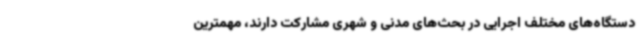
دستگاه‌های مختلف اجرایی در بحث‌های مدنی و شهری مشارکت دارند، مهمترین